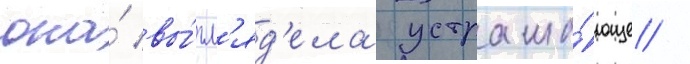
она́ вы́гл'яд'ела устраша́юще /